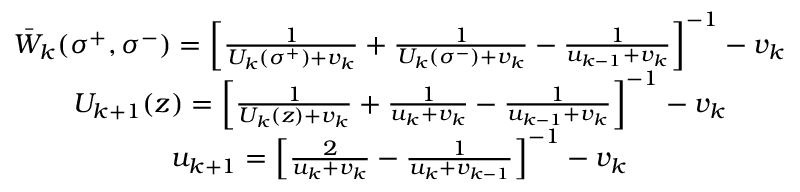
\begin{array} { c } { { \bar { W } _ { k } ( \sigma ^ { + } , \sigma ^ { - } ) = \left[ \frac 1 { U _ { k } ( \sigma ^ { + } ) + v _ { k } } + \frac 1 { U _ { k } ( \sigma ^ { - } ) + v _ { k } } - \frac 1 { u _ { k - 1 } + v _ { k } } \right] ^ { - 1 } - v _ { k } } } \\ { { U _ { k + 1 } ( z ) = \left[ \frac 1 { U _ { k } ( z ) + v _ { k } } + \frac 1 { u _ { k } + v _ { k } } - \frac 1 { u _ { k - 1 } + v _ { k } } \right] ^ { - 1 } - v _ { k } } } \\ { { u _ { k + 1 } = \left[ \frac 2 { u _ { k } + v _ { k } } - \frac 1 { u _ { k } + v _ { k - 1 } } \right] ^ { - 1 } - v _ { k } } } \end{array}